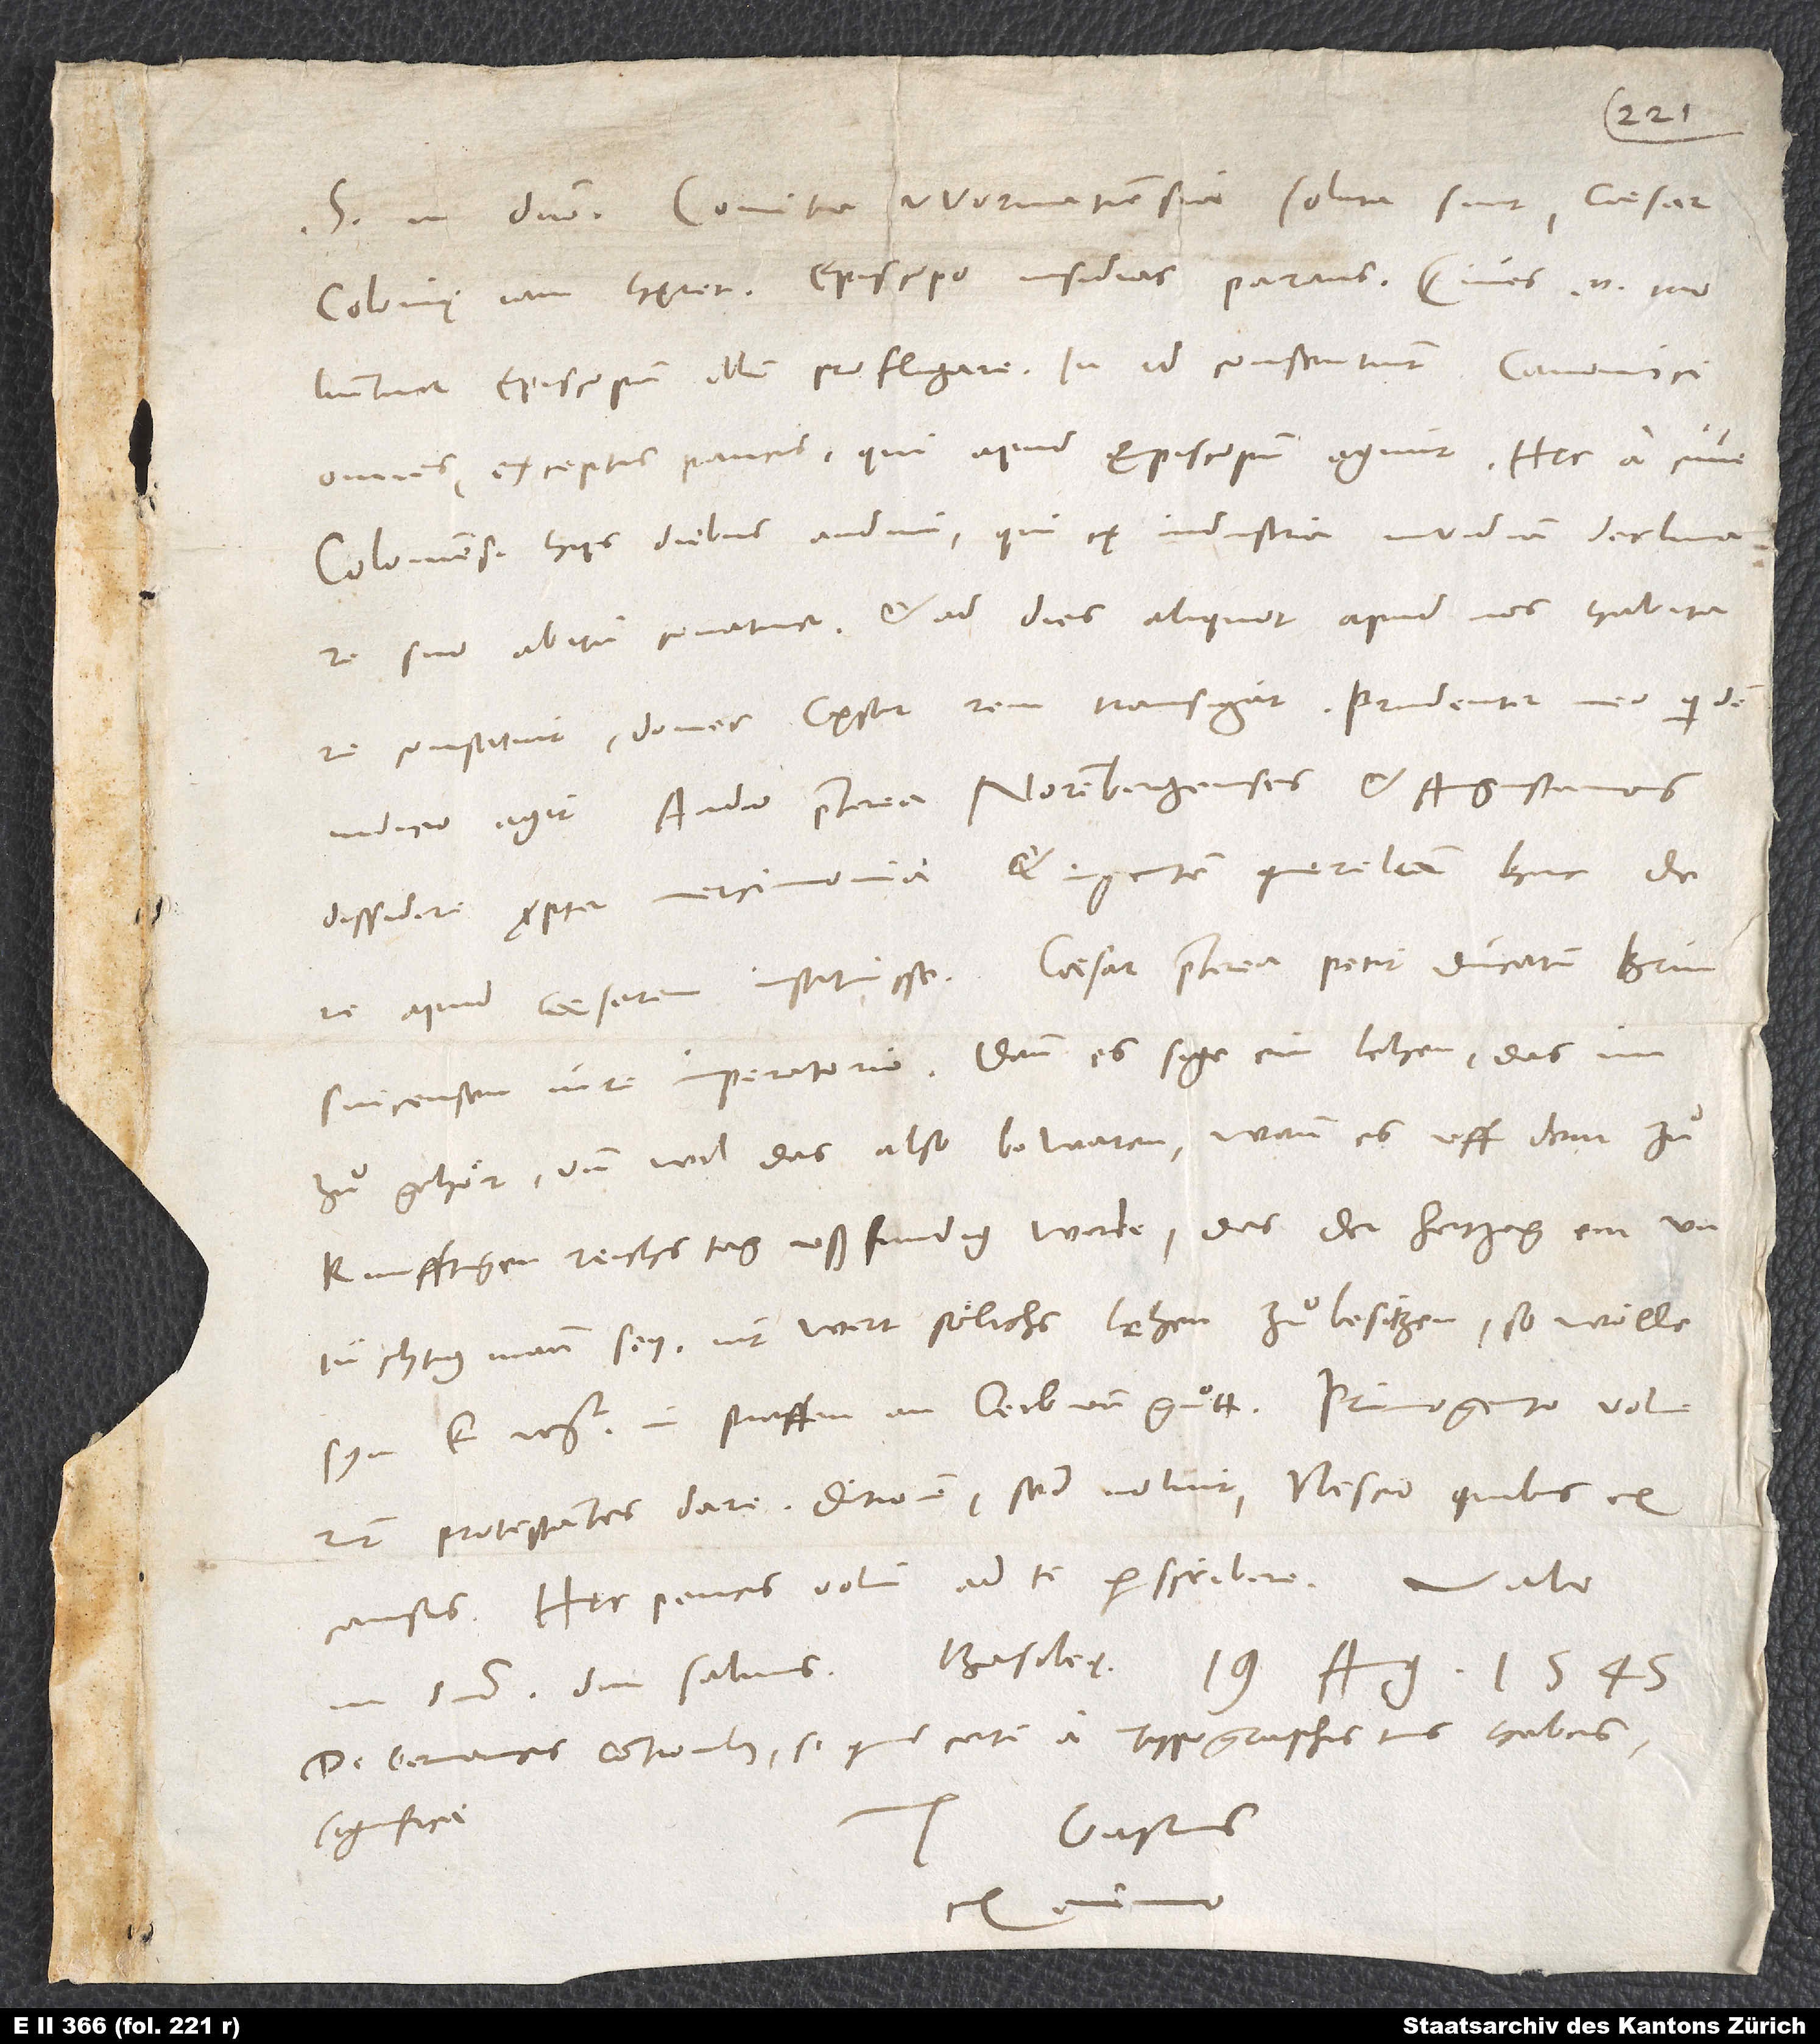
S.

Colonię iam hęret episcopo insidias parans. Cives enim
moliuntur episcopum illum profligare. In id consentiunt canonici
omnes exceptis paucis, qui apud episcopum agunt.
Coloniensi hiis diebus audivi, qui ex industria invidiam declinare
suo abitu conatur et ad dies aliquot apud nos habitare
constituit, donec cęsar rem transigat. Prudenter meo quidem
dissidere propter mercimoniam et ingentem querelam hac de
Brunsvicensem iure imperatorio, dann es sige ein lehen, das im
zuͦ gehoͤr, und wil das also bewaren. Wann es uff dem
zuͦkunfftigen reichstag ußfundig werde, das der hertzog ein
untüchtig mann sey, nit wert, soͤlichs lehen zuͦ besitzen, so woͤlle
syn k. mt. in straffen an leib und guͦtt. Primogenito voluerunt
protestantes dare ditionem, sed noluit, nescio quibus ex
Hęc paucis volui ad te perscribere. Vale
domino diu salvus. Basileę, 19. augusti 1545.
De Germanicis contionibus si quid certi a typographis tuis habeas,
significa.
Tuus Gastius